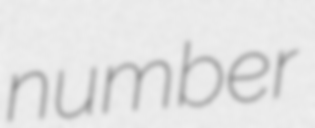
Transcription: number